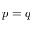
p = q